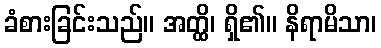
ခံစားခြင်းသည်။ အတ္ထိ၊ ရှိ၏။ နိရာမိသာ၊